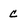
Character: c